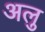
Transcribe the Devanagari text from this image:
अलु